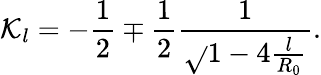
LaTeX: \mathcal{K}_{l}=-\frac{{1}}{{2}}\mp\frac{{1}}{{2}}\frac{{1}}{{\sqrt{}{{1-4\frac{{l}}{{R_{0}}}}}}}.